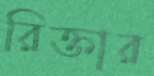
রিক্তার